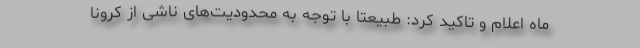
ماه اعلام و تاکید کرد: طبیعتاً با توجه به محدودیت‌های ناشی از کرونا